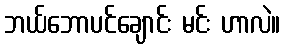
ဘယ်ဘောပင်ချောင်း မင်း ဟာလဲ။